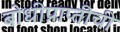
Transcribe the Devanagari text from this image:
बोधीप्राप्तीची